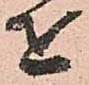
を